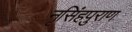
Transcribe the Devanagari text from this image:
नृसिंहपुराण